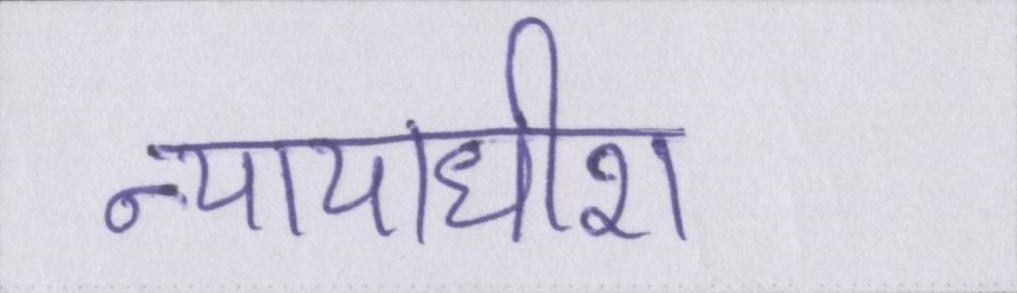
न्यायाधीश